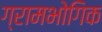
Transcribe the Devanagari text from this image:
ग्रामभोगिक